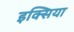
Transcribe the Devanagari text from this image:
इक्सिया